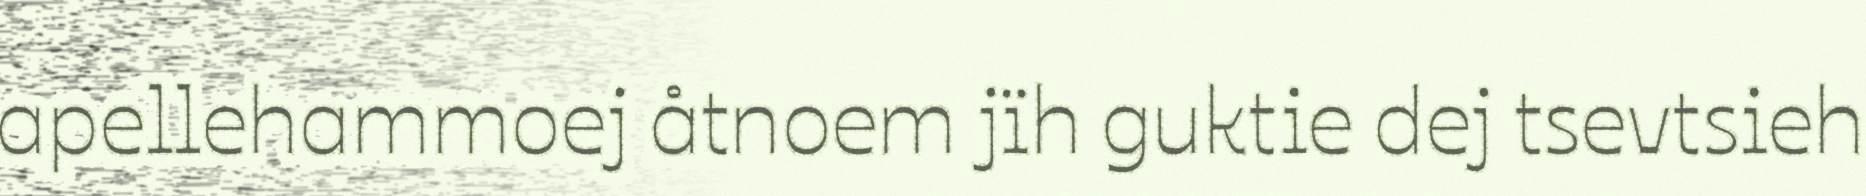
apellehammoej åtnoem jïh guktie dej tsevtsieh